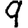
Digit: 9